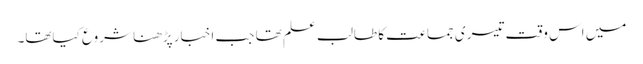
میں اس وقت تیسری جماعت کا طالب علم تھا جب اخبار پڑھنا شروع کیاتھا۔